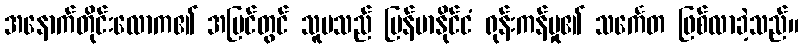
အနောက်တိုင်းလောက၏ အမြင်တွင် သူမသည် မြန်မာနိုင်ငံ ရုန်းကန်မှု၏ သင်္ကေတ ဖြစ်လာခဲ့သည်။